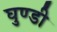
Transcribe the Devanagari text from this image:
घुण्डी